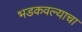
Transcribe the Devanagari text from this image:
भडकवल्याचा